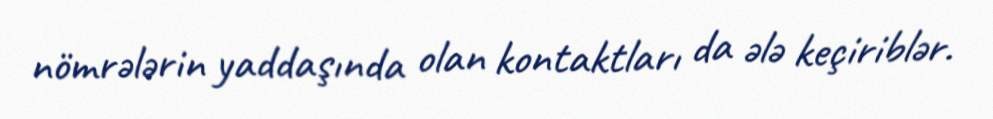
nömrələrin yaddaşında olan kontaktları da ələ keçiriblər.